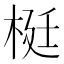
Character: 梃